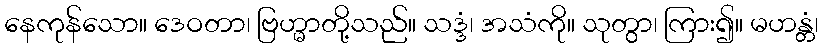
နေကုန်သော။ ဒေဝတာ၊ ဗြဟ္မာတို့သည်။ သဒ္ဒံ၊ အသံကို။ သုတွာ၊ ကြား၍။ မဟန္တံ၊